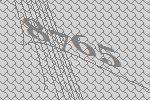
8765